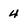
Character: 4